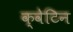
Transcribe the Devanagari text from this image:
क्वेटिन